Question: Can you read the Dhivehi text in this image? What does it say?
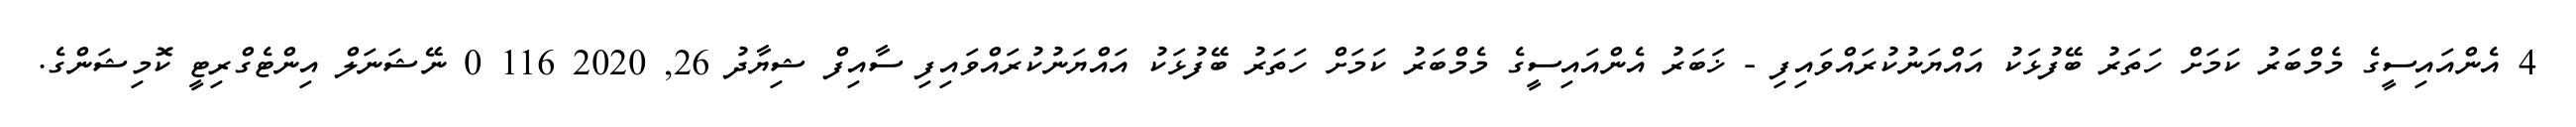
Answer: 4 އެންއައިސީގެ މެމްބަރު ކަމަށް ހަތަރު ބޭފުޅަކު އައްޔަނުކުރައްވައިފި - ޚަބަރު އެންއައިސީގެ މެމްބަރު ކަމަށް ހަތަރު ބޭފުޅަކު އައްޔަނުކުރައްވައިފި ސާއިފް ޝިޔާދު 26, 2020 116 0 ނޭޝަނަލް އިންޓެގްރިޓީ ކޮމިޝަންގެ.